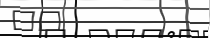
٢٨